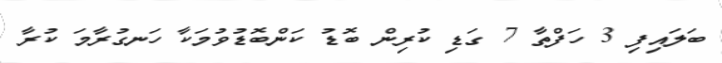
ބަލައިފި 3 ހަފްތާ 7 ގަޑި ކުރިން ބޮޑު ކަންބޮޑުވުމަކާ ހަނގުރާމަ ކުރާ